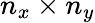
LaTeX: n_{x}\times n_{y}